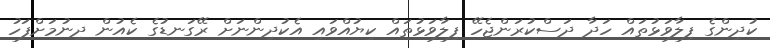
ކުދިންގެ ފިލާވަޅުތައް ހަދާ ދަސްކުރަންޖެހޭ ފިލާވަޅުތައް ކިޔުއްވައި އެކުދިންނަށް ރޭގަނޑުގެ ކެއުން ދިނުމަށްފަހު